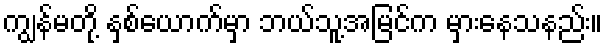
ကျွန်မတို့ နှစ်ယောက်မှာ ဘယ်သူ့အမြင်က မှားနေသနည်း။